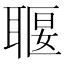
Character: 𦖧